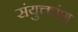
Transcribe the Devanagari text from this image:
संयुक्तांश